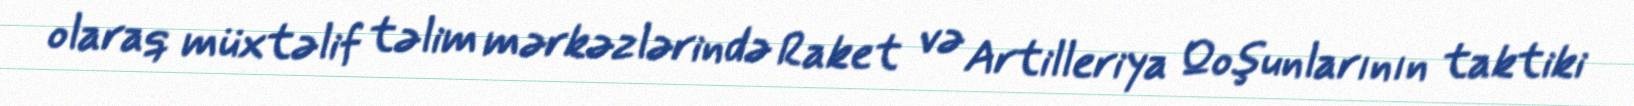
olaraq müxtəlif təlim mərkəzlərində Raket və Artilleriya Qoşunlarının taktiki